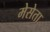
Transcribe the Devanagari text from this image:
मेसेता